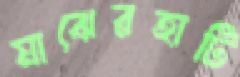
মাঝেরহাটি